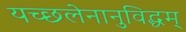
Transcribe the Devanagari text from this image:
यच्छलेनानुविद्धम्